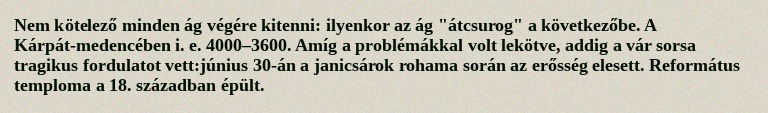
Nem kötelező minden ág végére kitenni: ilyenkor az ág "átcsurog" a következőbe. A Kárpát-medencében i. e. 4000–3600. Amíg a problémákkal volt lekötve, addig a vár sorsa tragikus fordulatot vett:június 30-án a janicsárok rohama során az erősség elesett. Református temploma a 18. században épült.